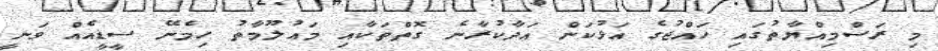
މި ރަސްމިއްޔާތުގައި ހައްޖުގެ އަޅުކަން އަދާކުރާނެ ގޮތްތަކާއި މައުލޫމާތު ހިމެނޭ ސީޑީއެއް ވަނީ